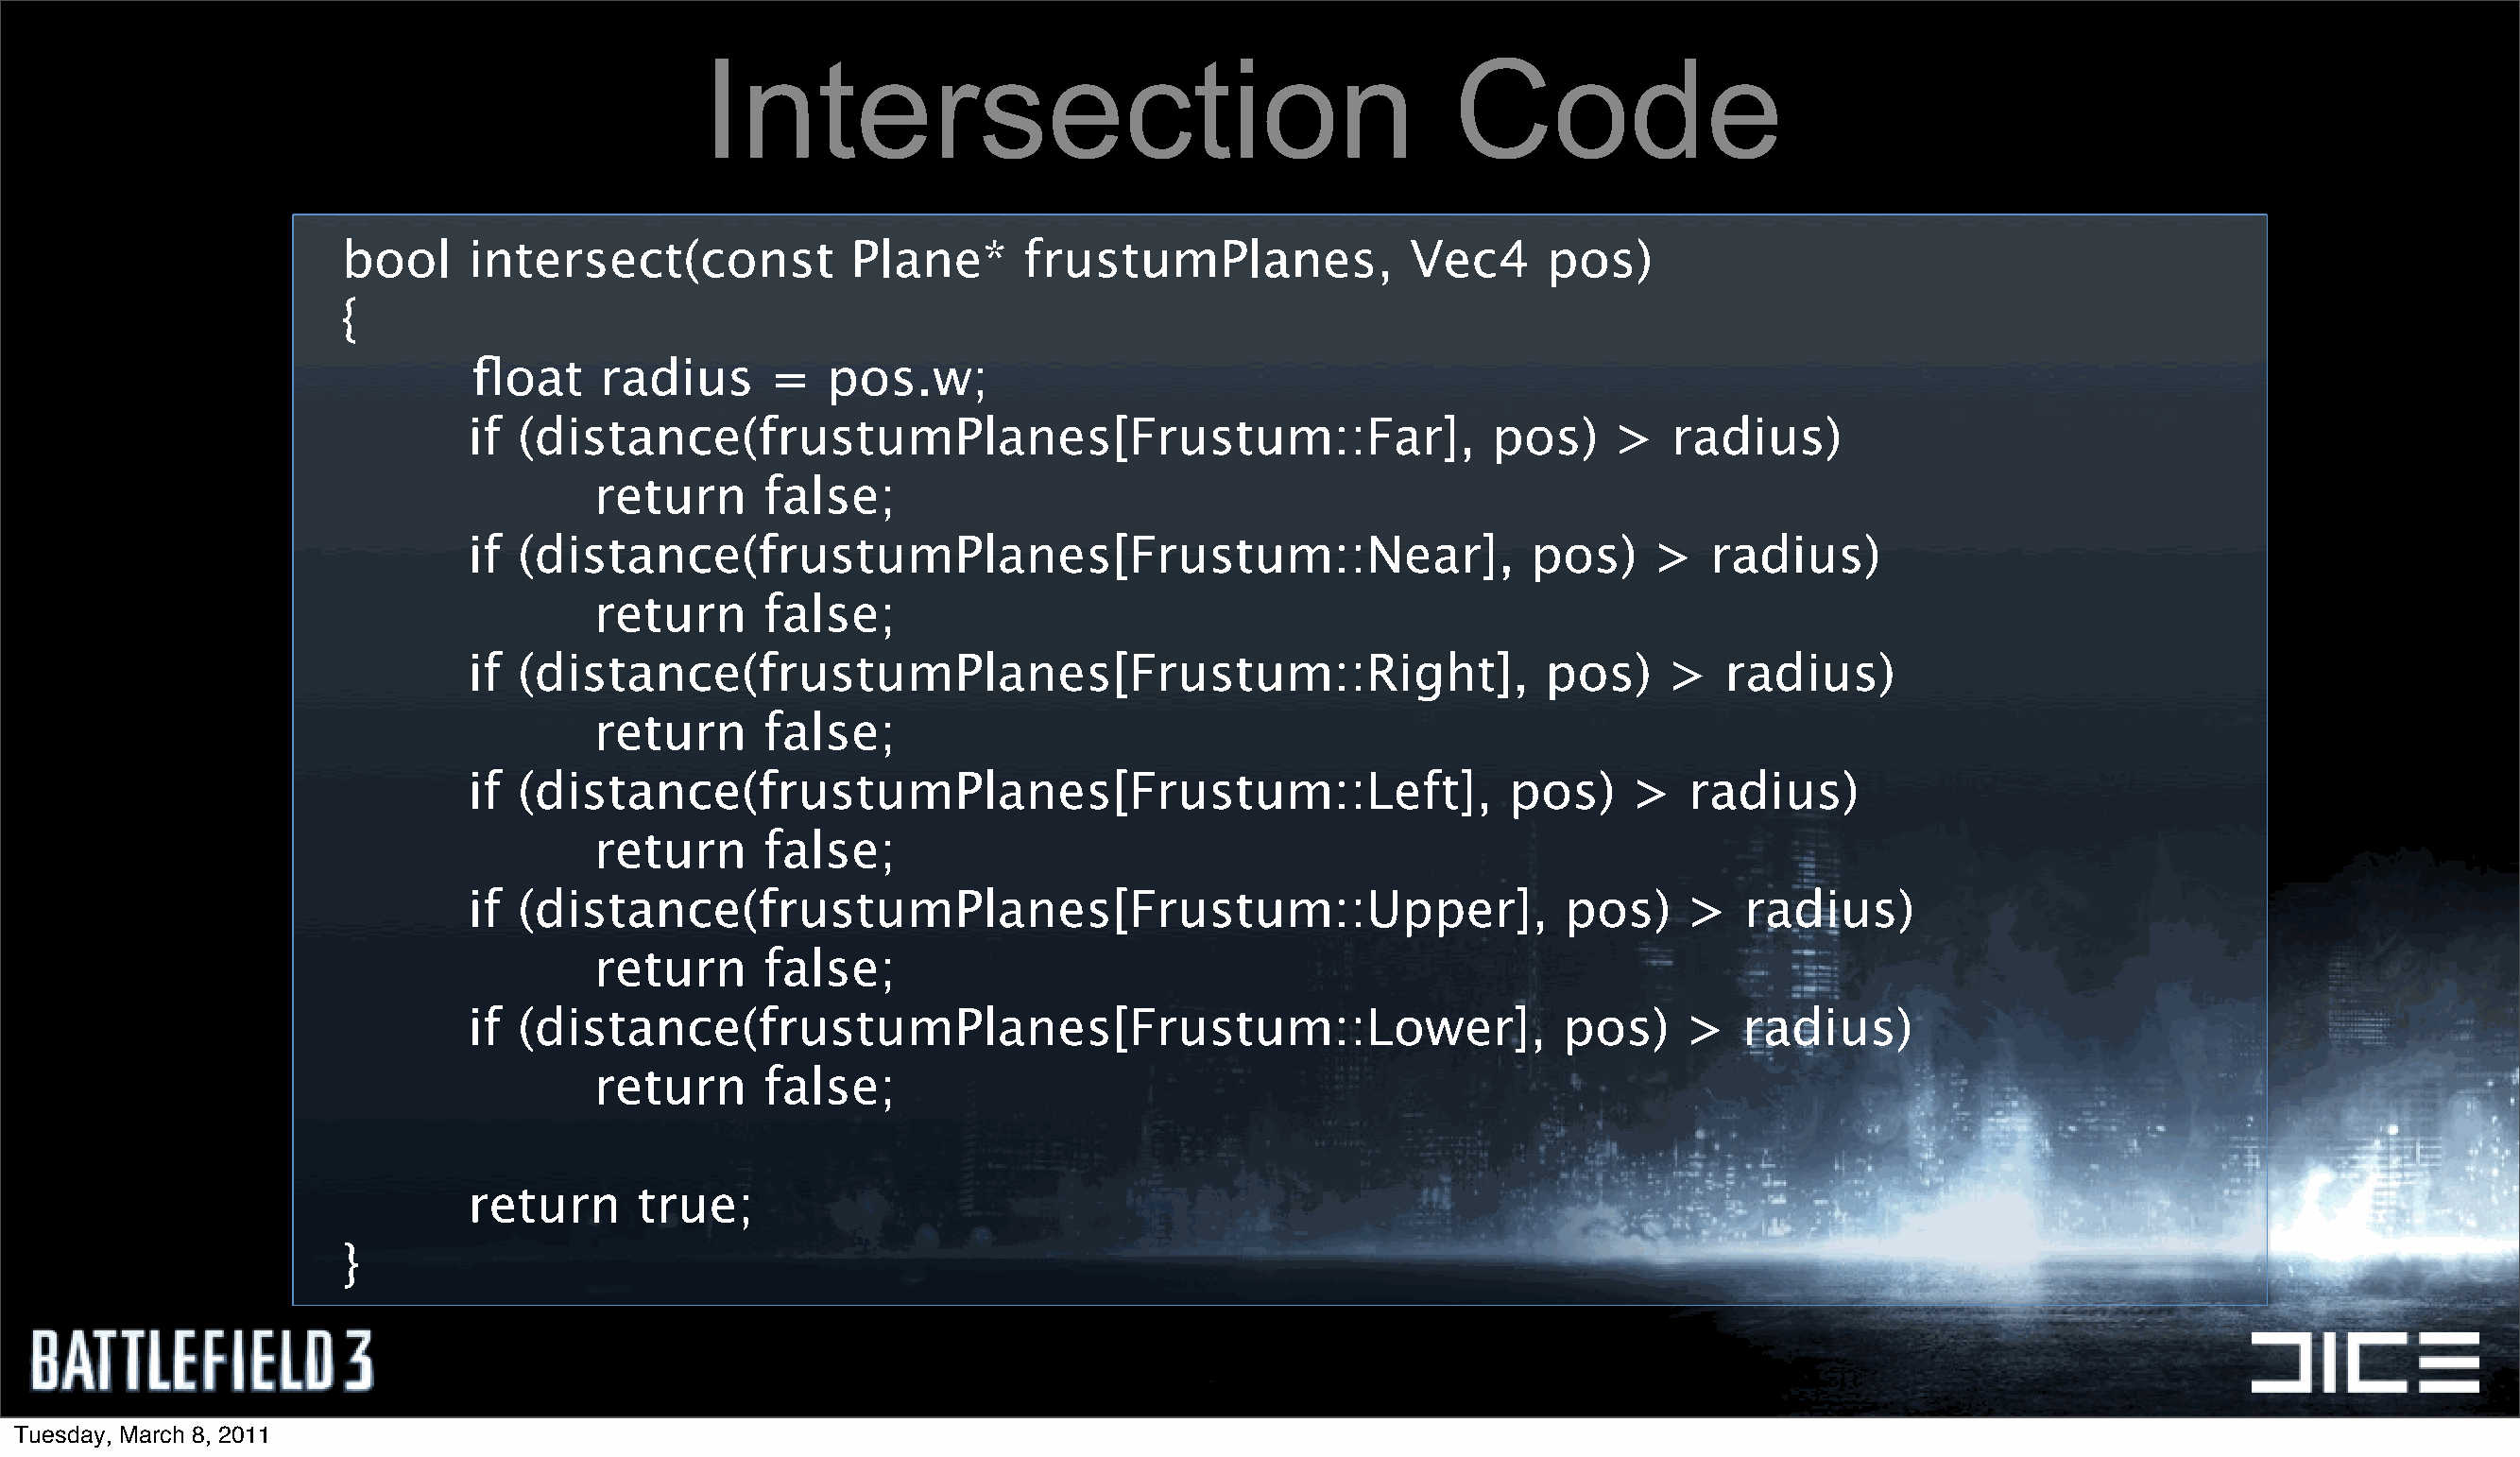
Intersection                                         Code
 bool     intersect(const            Plane*      frustumPlanes,             Vec4     pos)
 {
 float    radius      =   pos.w;
 if (distance(frustumPlanes[Frustum::Far],                               pos)    >   radius)
 return     false;
 if (distance(frustumPlanes[Frustum::Near],                                pos)     >   radius)
 return     false;
 if (distance(frustumPlanes[Frustum::Right],                                pos)     >   radius)
 return     false;
 if (distance(frustumPlanes[Frustum::Left],                               pos)    >   radius)
 return     false;
 if (distance(frustumPlanes[Frustum::Upper],                                  pos)    >   radius)
 return     false;
 if (distance(frustumPlanes[Frustum::Lower],                                 pos)     >   radius)
 return     false;
 return      true;
 }
 Tuesday, March 8, 2011